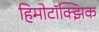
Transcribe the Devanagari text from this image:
हिमोटॉक्झिक